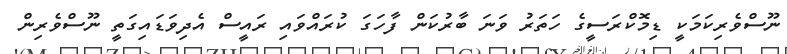
ނޫސްވެރިކަމަކީ ޑިމޮކްރަސީގެ ހަތަރު ވަނަ ބާރުކަން ފާހަގަ ކުރައްވައި ރައީސް އެދިވަޑައިގަތީ ނޫސްވެރިން